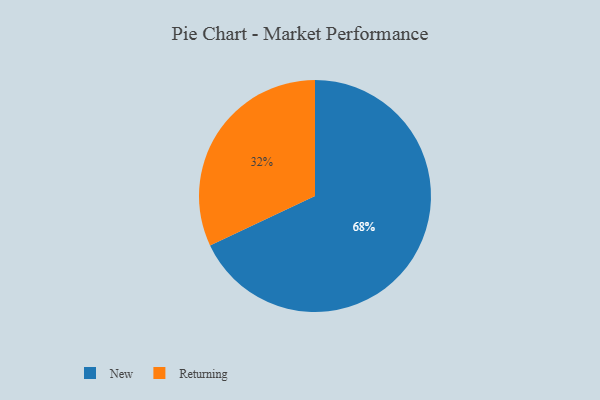
{"axis": {"x": "Category", "y": "Percentage"}, "legend": ["New", "Returning"], "data": [{"x": "Returning", "y": 32, "type": "Returning"}, {"x": "New", "y": 68, "type": "New"}]}